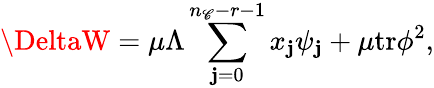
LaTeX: \DeltaW=\mu\Lambda\sum_{\mathbf{j}=0}^{n_{\mathscr{C}}-r-1}x_{\mathbf{j}}\psi_{\mathbf{j}}+\mu\mathrm{{tr}}\phi^{2},